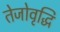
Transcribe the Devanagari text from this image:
तेजोवृद्धि